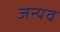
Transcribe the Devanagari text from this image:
जन्यव